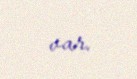
var.